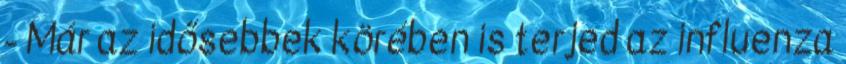
- Már az idősebbek körében is terjed az influenza